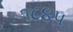
૧૮૪પ